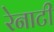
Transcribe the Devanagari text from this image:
रेनाटी